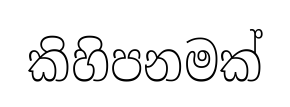
කිහිපනමක්